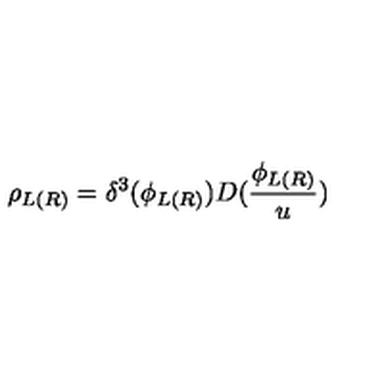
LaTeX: \rho _ { L ( R ) } = \delta ^ { 3 } ( \phi _ { L ( R ) } ) D ( \frac { \phi _ { L ( R ) } } u )